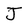
Character: J